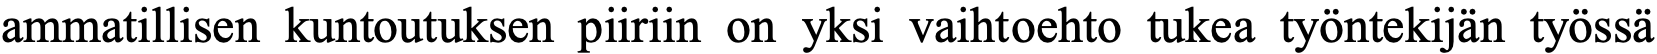
ammatillisen kuntoutuksen piiriin on yksi vaihtoehto tukea työntekijän työssä